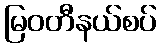
မြဝတီနယ်စပ်